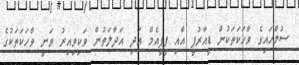
ސުލްހައިގެ ވާހަކަތަކުން ޑީއާރުޕީ އާއި ޕީޕީއެމް އަދި އަދާލަތުން ވަކިވިއިރު ވަނީ ވާހަކަތަކުގެ